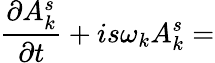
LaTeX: {\frac{\partial A_{k}^{s}}{\partial t}}+is\omega_{k}A_{k}^{s}=